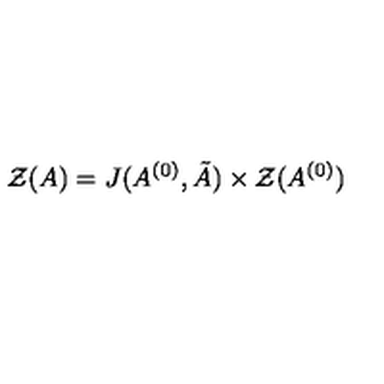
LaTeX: { \cal Z } ( A ) = J ( A ^ { ( 0 ) } , { \tilde { A } } ) \times { \cal Z } ( A ^ { ( 0 ) } )